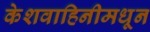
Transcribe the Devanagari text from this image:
केशवाहिनीमधून